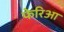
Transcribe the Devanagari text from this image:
फेरिआ